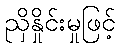
ညှိနှိုင်းမှုဖြင့်